Observations on rabies - Number 36
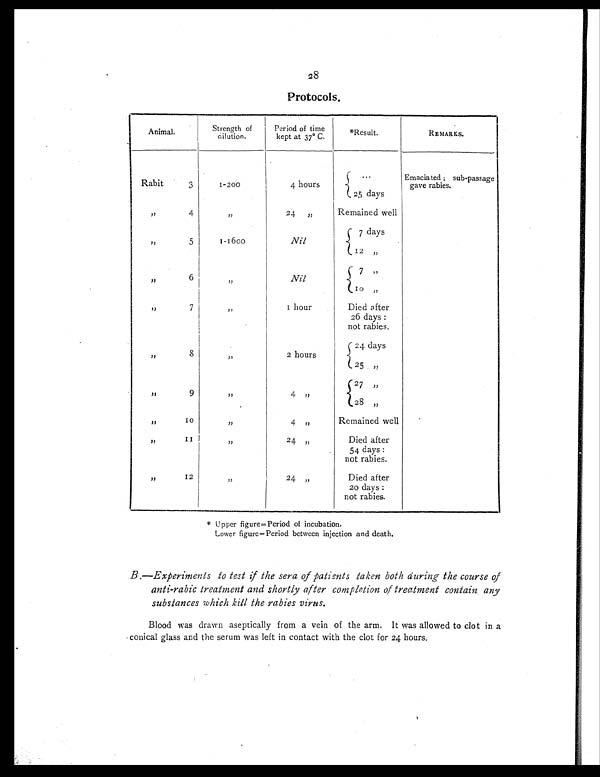
28
Protocols.
Animal.
Strength of
d i l u t i o n .
Period of time
kept at 37° C.
*Result.
REMARKS.
Rabit
3
1-200
4 hours
...
Emaciated ; sub-passage
gave rabies.
25 days
„
4
„
24 „
Remained well
„
5
1-1600
Nil
7 days
12 „
„
6
„
Nil
7 „
10 „ „
7
„
1 hour
Died after
26 days :
not rabies.
„
8
„
2 hours
24 days
25 „
„
9
„
4 „
27 „
28 „
„
10
„
4 „
Remained well
„
11
„
24 „
Died after
54 days :
not rabies.
„
12
„
24 „
Died after
20 days :
not rabies.
* U p p e r f i g u r e = P e r i o d o f i n c u b a t i o n .
Lower figure=Period between injection and death.
B. —Experi ment s t o t est i f t he sera of pat i ent s t aken bot h duri ng t he course of
anti-rabic treatment and shortly after completion of treatment contain any
substances which kill the rabies virus.
Blood was drawn aseptically from a vein of the arm. It was allowed to clot in a
conical glass and the serum was left in contact with the clot for 24 hours.